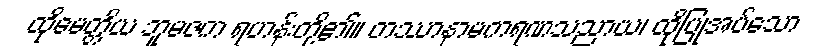
ထိုမေတ္တိယ ဘူမဇက ရဟန်းတို့၏။ တဿာနာမကရဏသညာယ၊ ထိုပြုအပ်သော